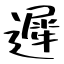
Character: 遲